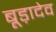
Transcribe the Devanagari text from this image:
बूड़ादेव